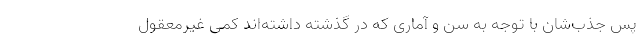
پس جذب‌شان با توجه به سن و آماری که در گذشته داشته‌اند کمی غیرمعقول